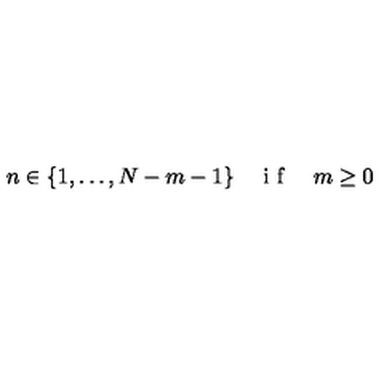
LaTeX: n \in \lbrace 1 , \ldots , N - m - 1 \rbrace \quad \textrm { i f } \quad m \geq 0